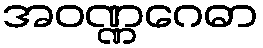
အဝဏ္ဏဂေဓာ